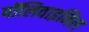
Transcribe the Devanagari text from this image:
पॉलिवाइनिल